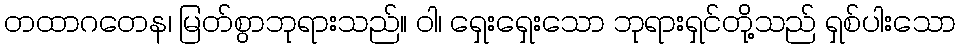
တထာဂတေန၊ မြတ်စွာဘုရားသည်။ ဝါ၊ ရှေးရှေးသော ဘုရားရှင်တို့သည် ရှစ်ပါးသော